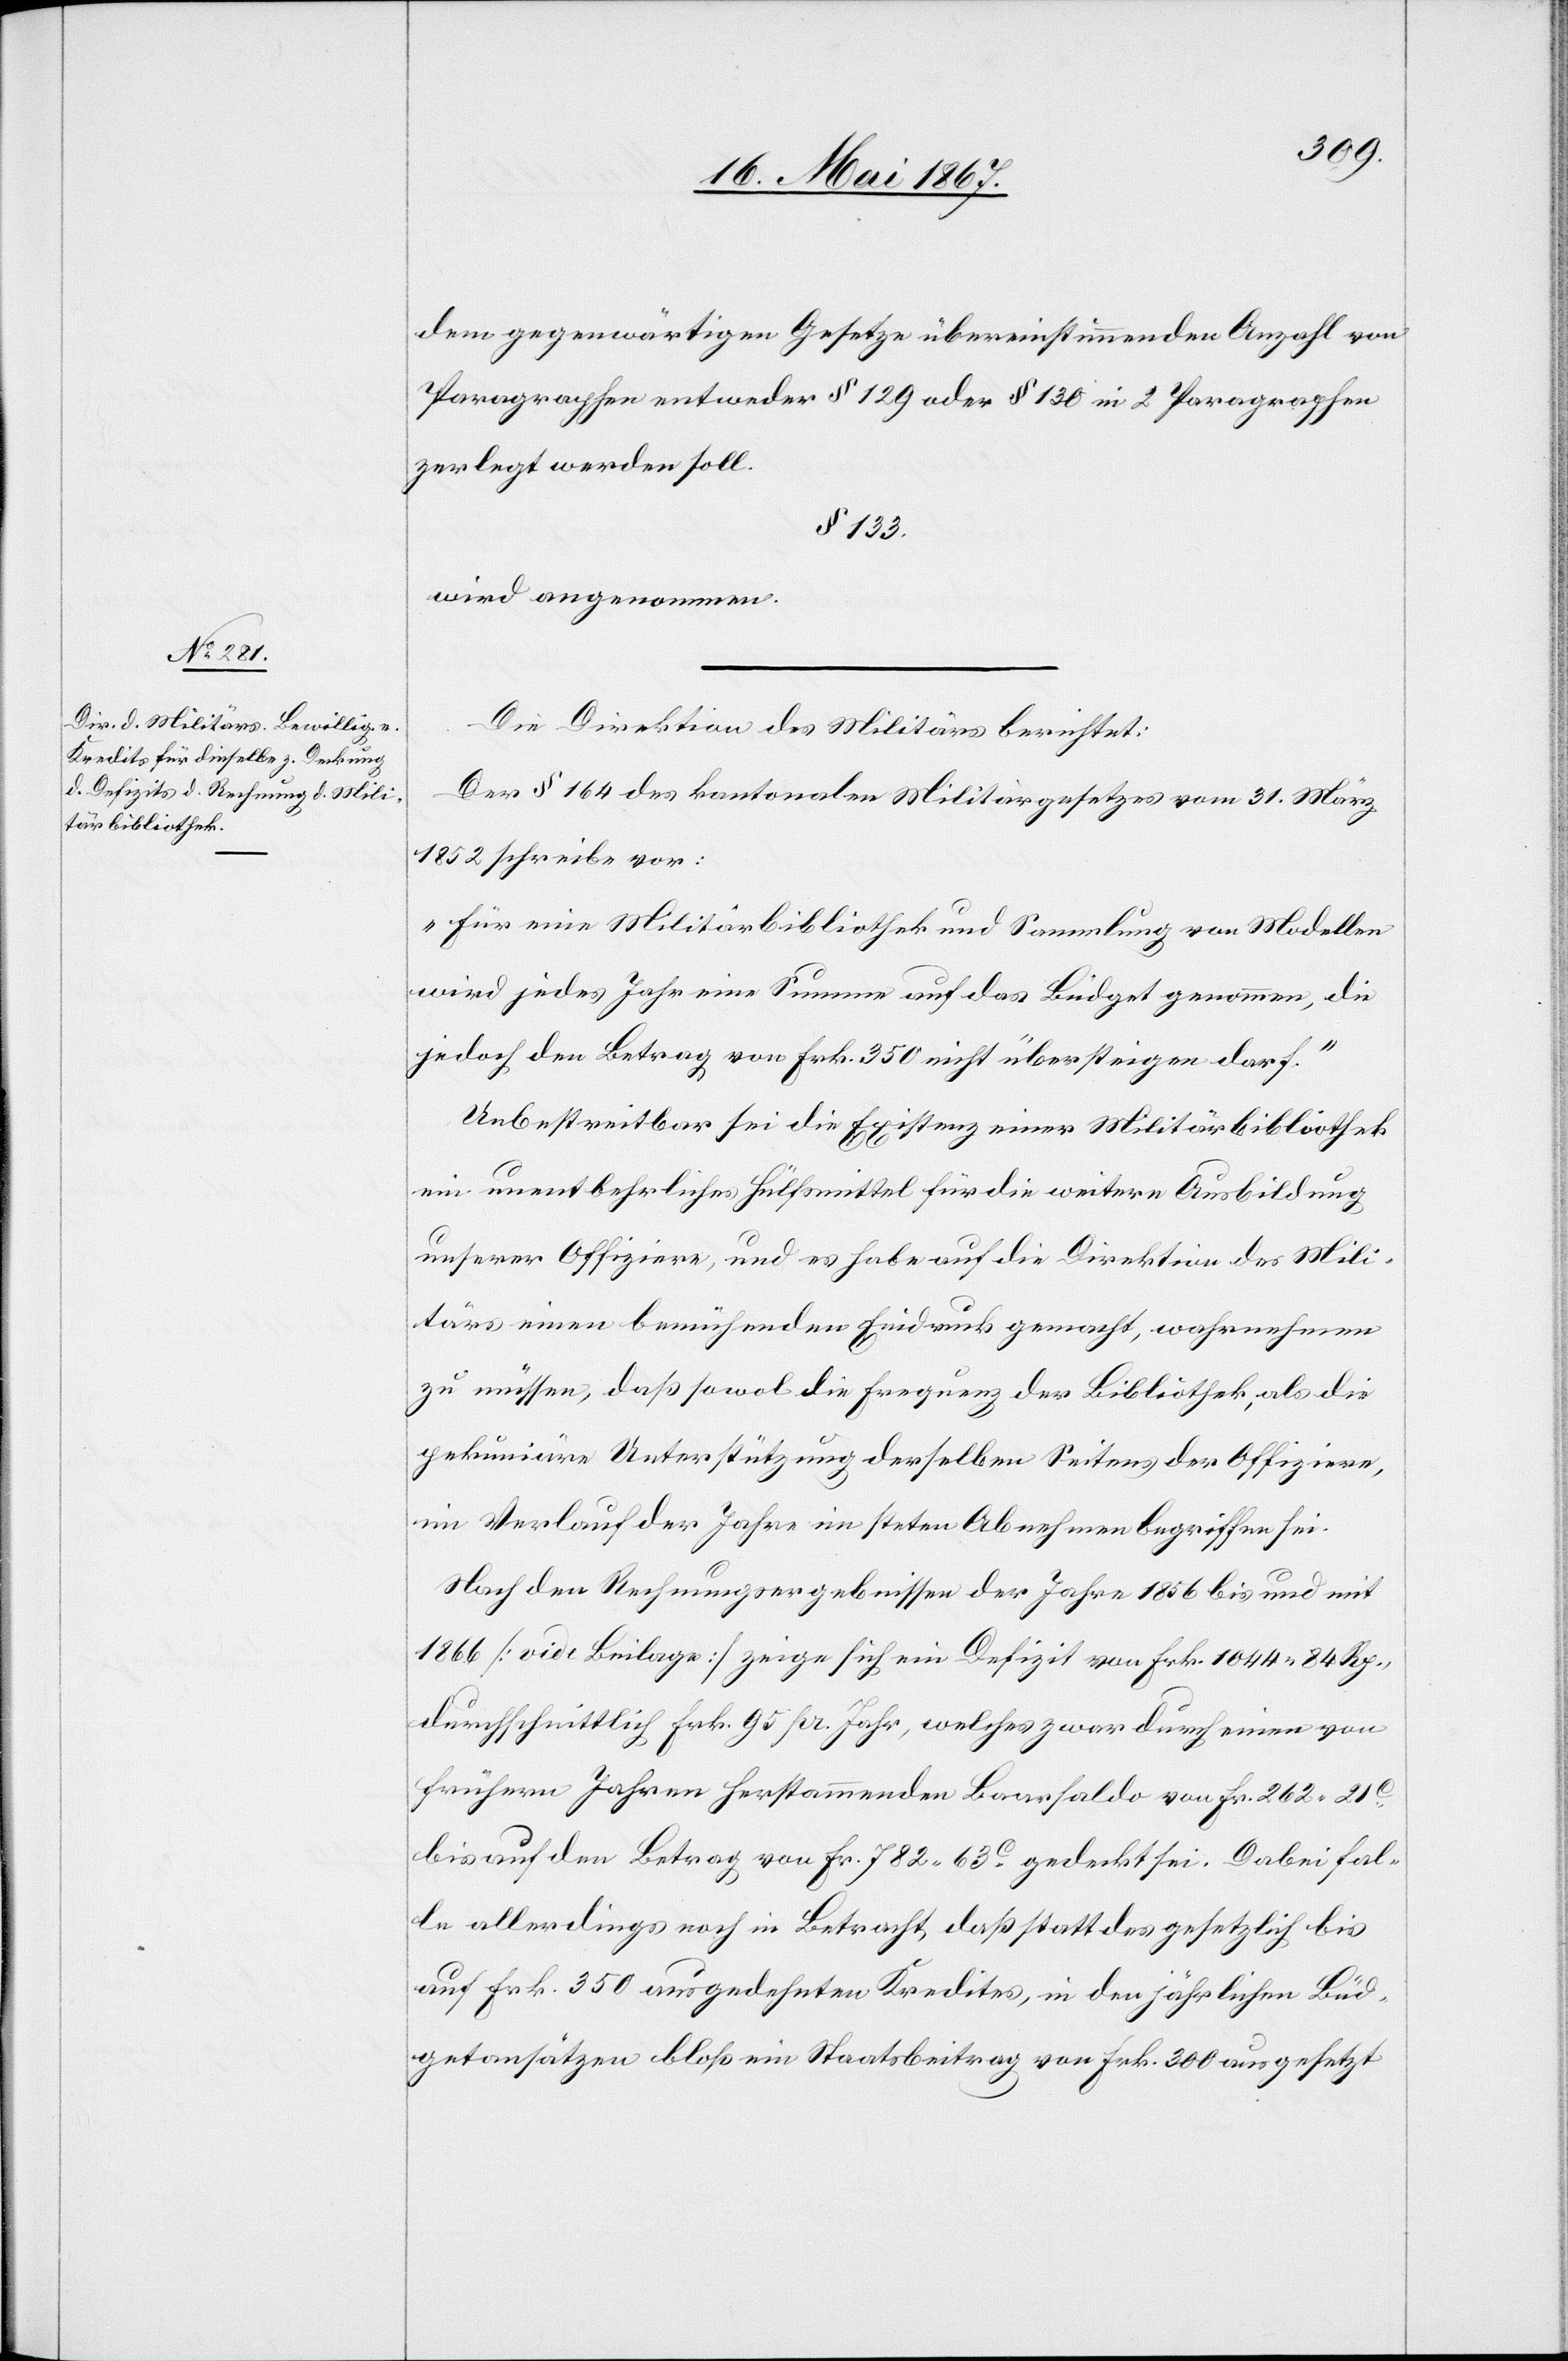
dem gegenwärtigen Gesetze übereinstimmenden Anzahl von
Paragraphen entweder § 129 oder § 130 in 2 Paragraphen
zerlegt werden soll.
§ 133.
wird angenommen.
Die Direktion des Militärs berichtet:
Der § 164 des kantonalen Militärgesetzes vom 31. März
1852 schreibe vor:
„Für eine Militärbibliothek und Sammlung von Modellen
wird jedes Jahr eine Summe auf das Budget genommen, die
jedoch den Betrag von Frk. 350 nicht übersteigen darf.“
Unbestreitbar sei die Existenz einer Militärbibliothek
ein unentbehrliches Hülfsmittel für die weitere Ausbildung
unserer Offiziere, und es habe auf die Direktion des Mili¬
tärs einen bemühenden Eindruck gemacht, wahrnehmen
zu müssen, daß sowol die Frequenz der Bibliothek, als die
pekuniäre Unterstützung derselben Seitens der Offiziere,
im Verlauf der Jahre im steten Abnehmen begriffen sei.
Nach den Rechnungsergebnissen der Jahre 1856 bis und mit
1866 [vide Beilage] zeige sich ein Defizit von Frk. 1044. 84 Rp.,
durchschnittlich Frk. 95 pr. Jahr, welches zwar durch einen von
frühern Jahren herstammenden Baarsaldo von Fr. 262. 21c
bis auf den Betrag von Fr. 782. 63c. gedeckt sei. Dabei fal¬
le allerdings noch in Betracht, daß statt des gesetzlich bis
auf Frk. 350 ausgedehnten Kredites, in den jährlichen Büd¬
getansätzen bloß ein Staatsbeitrag von Frk. 300 ausgesetzt